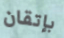
بإتقان